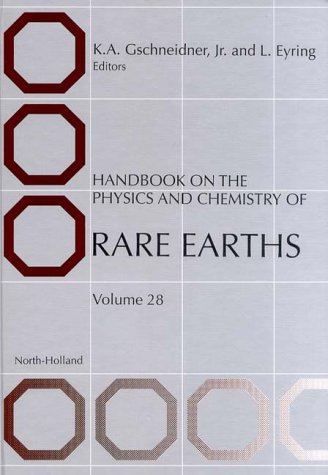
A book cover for Handbook on the Physics and Chemistry of Rare Earths, Volume 28; Science & Math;